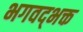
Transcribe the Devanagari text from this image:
भगवद्‌भक्त